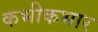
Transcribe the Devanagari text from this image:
कभीकभार